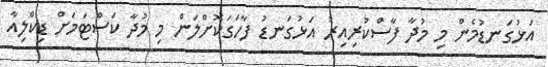
އަޅުގަނޑުމެން މި މުދާ ފާސްކުރިއިރު އަޅުގަނޑު ފާހަގަކޮށްލަން މި މުދާ ކަސްޓަމަށް ޑިކްލިއާ